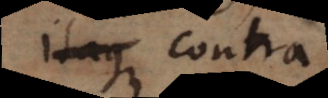
Itaque Contra